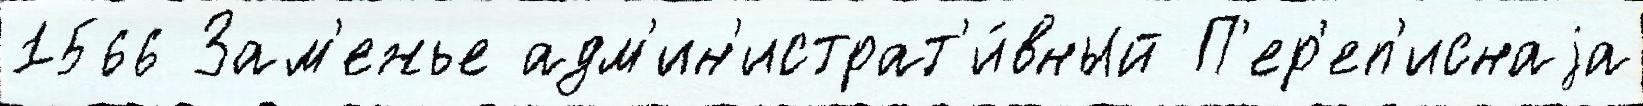
1566 Зам'ежье адм'ин'истрат'и́вный П'ер'еп'иснаjа